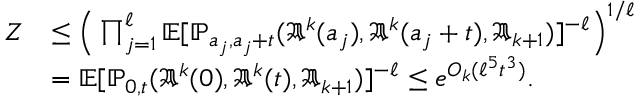
\begin{array} { r l } { Z } & { \le \Big ( \prod _ { j = 1 } ^ { \ell } \mathbb { E } [ \mathbb { P } _ { a _ { j } , a _ { j } + t } ( \mathfrak { A } ^ { k } ( a _ { j } ) , \mathfrak { A } ^ { k } ( a _ { j } + t ) , \mathfrak { A } _ { k + 1 } ) ] ^ { - \ell } \Big ) ^ { 1 / \ell } } \\ & { = \mathbb { E } [ \mathbb { P } _ { 0 , t } ( \mathfrak { A } ^ { k } ( 0 ) , \mathfrak { A } ^ { k } ( t ) , \mathfrak { A } _ { k + 1 } ) ] ^ { - \ell } \le e ^ { O _ { k } ( \ell ^ { 5 } t ^ { 3 } ) } . } \end{array}